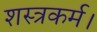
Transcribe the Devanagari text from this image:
शस्त्रकर्म।